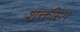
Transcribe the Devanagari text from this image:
शक्तीरूप